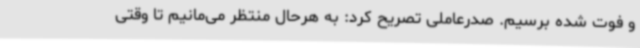
و فوت شده برسیم. صدرعاملی تصریح کرد: به هرحال منتظر می‌مانیم تا وقتی